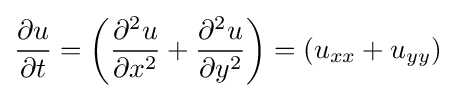
{\partial u \over \partial t}=\left({\partial ^{2}u \over \partial x^{2}}+{\partial ^{2}u \over \partial y^{2}}\right)=(u_{xx}+u_{yy})